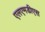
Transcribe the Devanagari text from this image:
एलएमडीएस